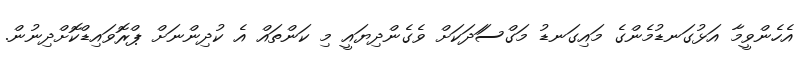
އެހެންވީމާ އަޅުގަނޑުމެންގެ މައިގަނޑު މަގްސަަދަކަށް ވެގެންދިޔައީ މި ކަންތައް އެ ކުދިންނަށް ޕްރޮވައިޑްކޮށްދިނުން.